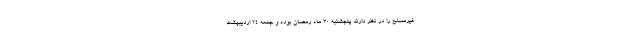
غیرمسلح را در نظر دارند پنجشنبه ۳۰ ماه رمضان بوده و جمعه ۲۴ اردیبهشت